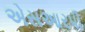
એસઆરપી